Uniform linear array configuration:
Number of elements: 8
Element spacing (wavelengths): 0.75
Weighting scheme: kaiser
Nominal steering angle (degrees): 60
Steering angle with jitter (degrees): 58.667
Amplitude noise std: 0.05
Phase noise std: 0.05

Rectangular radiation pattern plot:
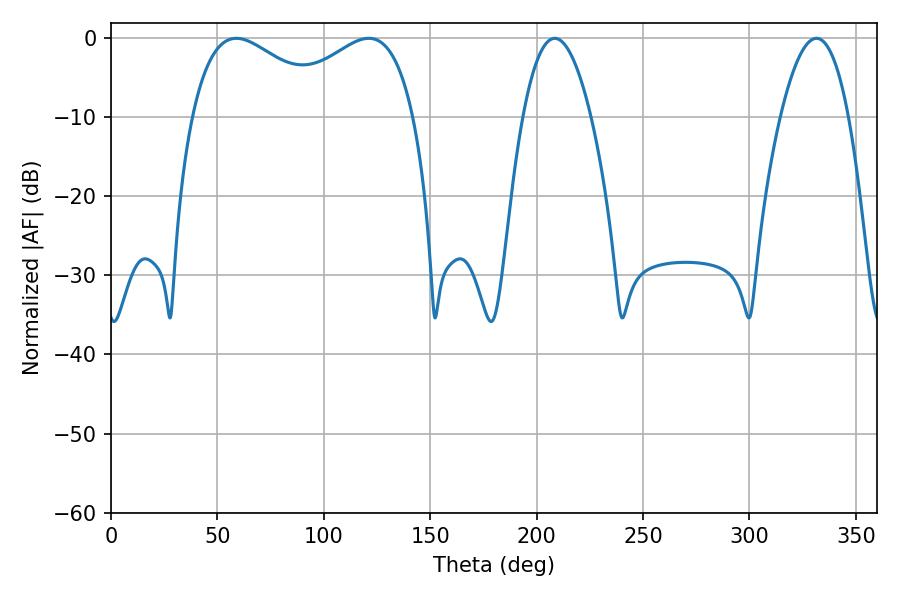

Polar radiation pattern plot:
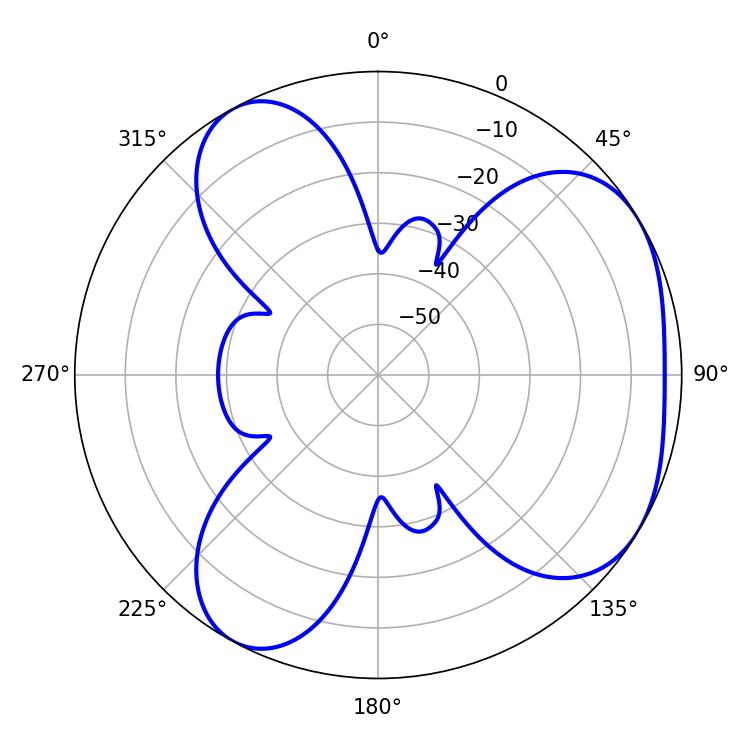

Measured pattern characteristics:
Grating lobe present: TRUE
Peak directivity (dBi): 4.343
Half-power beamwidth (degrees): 36.54
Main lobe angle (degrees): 58.86